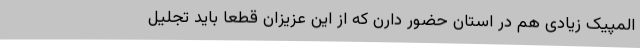
المپیک زیادی هم در استان حضور دارن که از این عزیزان قطعا باید تجلیل